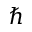
\hbar